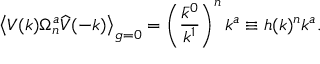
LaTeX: \big \langle V ( k ) \Omega _ { n } ^ { a } \widehat { V } ( - k ) \big \rangle _ { g = 0 } = \left( \frac { \bar { k } ^ { 0 } } { k ^ { 1 } } \right) ^ { n } k ^ { a } \equiv h ( k ) ^ { n } k ^ { a } .